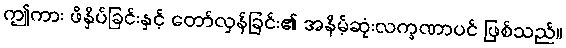
ဤကား ဖိနှိပ်ခြင်းနှင့် တော်လှန်ခြင်း၏ အနိမ့်ဆုံးလက္ခဏာပင် ဖြစ်သည်။